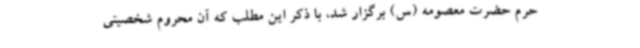
حرم حضرت معصومه (س) برگزار شد، با ذکر این مطلب که آن محروم شخصیتی